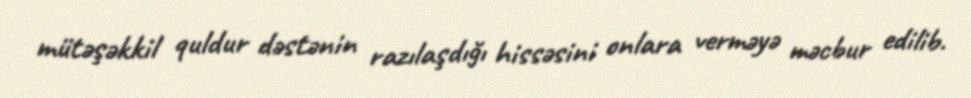
mütəşəkkil quldur dəstənin razılaşdığı hissəsini onlara verməyə məcbur edilib.